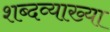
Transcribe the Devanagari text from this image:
शब्दव्याख्या